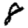
Digit: 8